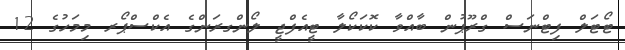
ޓޯޓަލް ފިޓްނަސް ގްރޫޕުން ބާއްވާ ކޮކަކޯލާ ޓީއެފްޖީ ލޯންގރަންގެ އެކްސްޕޯރ މިމަހުގެ 12